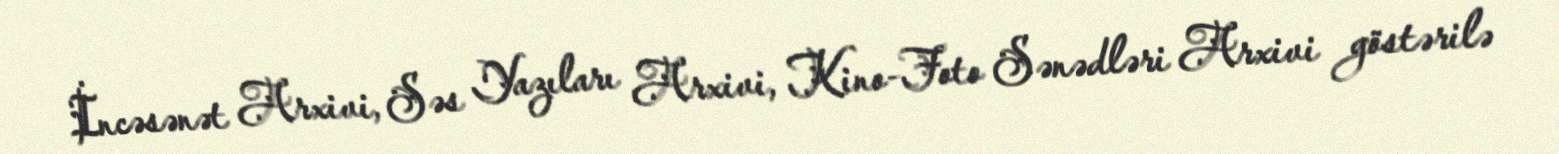
İncəsənət Arxivi, Səs Yazıları Arxivi, Kino-Foto Sənədləri Arxivi göstərilə